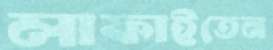
লাফাইতেন